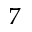
7